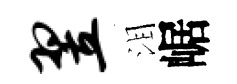
翌泪崌